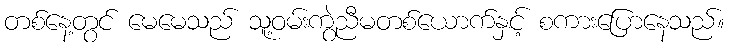
တစ်နေ့တွင် မေမေသည် သူ့ဝမ်းကွဲညီမတစ်ယောက်နှင့် စကားပြောနေသည်။